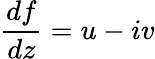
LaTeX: {\frac{df}{dz}}=u-iv